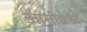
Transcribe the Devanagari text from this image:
आसीद्येनेदं